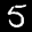
Label: 5